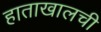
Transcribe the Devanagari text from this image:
हाताखालची